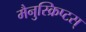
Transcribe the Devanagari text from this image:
मैनुस्क्रिप्टस्‌